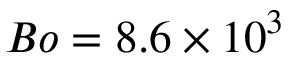
B o = 8 . 6 \times 1 0 ^ { 3 }